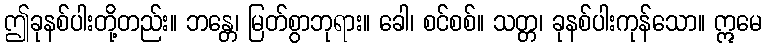
ဤခုနစ်ပါးတို့တည်း။ ဘန္တေ၊ မြတ်စွာဘုရား။ ခေါ၊ စင်စစ်။ သတ္တ၊ ခုနစ်ပါးကုန်သော။ ဣမေ